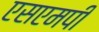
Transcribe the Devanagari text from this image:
एसएमपी